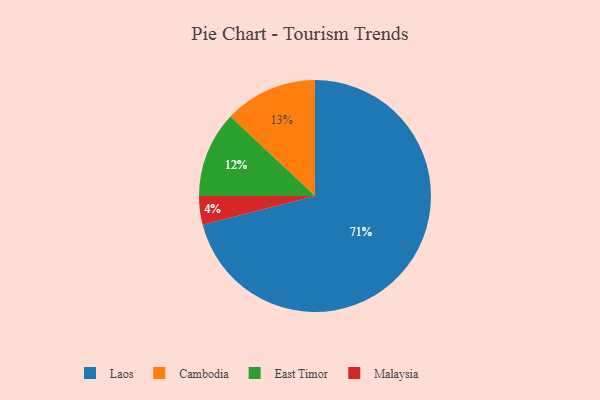
{"axis": {"x": "Category", "y": "Percentage"}, "legend": ["Cambodia", "East Timor", "Laos", "Malaysia"], "data": [{"x": "East Timor", "y": 12, "type": "East Timor"}, {"x": "Cambodia", "y": 13, "type": "Cambodia"}, {"x": "Laos", "y": 71, "type": "Laos"}, {"x": "Malaysia", "y": 4, "type": "Malaysia"}]}